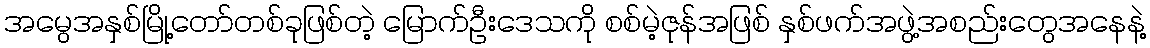
အမွေအနှစ်မြို့တော်တစ်ခုဖြစ်တဲ့ မြောက်ဦးဒေသကို စစ်မဲ့ဇုန်အဖြစ် နှစ်ဖက်အဖွဲ့အစည်းတွေအနေနဲ့